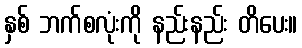
နှစ် ဘက်စလုံးကို နည်းနည်း တိပေး။